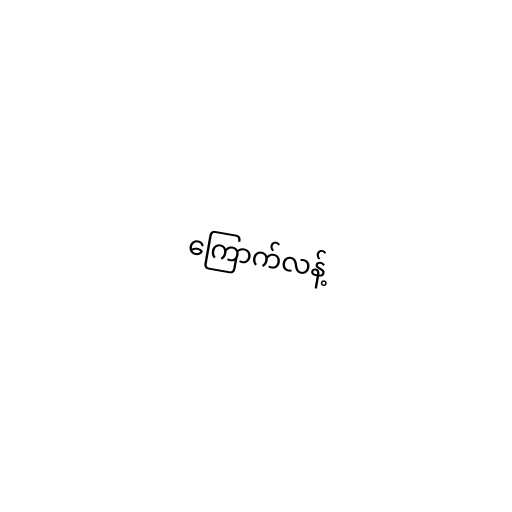
ကြောက်လန့်